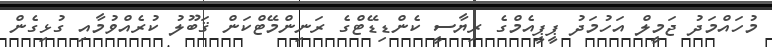
މުހައްމަދު ޖަމީލް އަހުމަދު ޕީޕީއެމްގެ ރިޔާސީ ކެންޑިޑޭޓްގެ ރަނިންމޭޓްކަން ޤަބޫލު ކުރެއްވުމާއި ގުޅިގެން